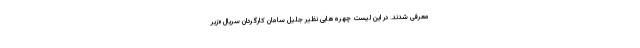
معرفی شدند. در این لیست چهره‌هایی نظیر جلیل سامان کارگردان سریال «زیر